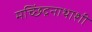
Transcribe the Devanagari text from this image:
मच्छिंद्रनाथाशी